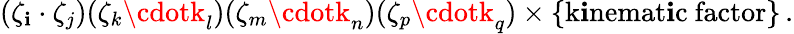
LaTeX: (\zeta_{\mathbf{i}}\cdot\zeta_{j})(\zeta_{k}\cdotk_{l})(\zeta_{m}\cdotk_{n})(\zeta_{p}\cdotk_{q})\times\{ \mathrm{{k\mathbf{i}nemat\mathbf{i}c~factor}}\} \, .